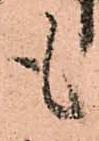
も